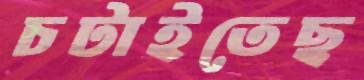
চটাইতেছ